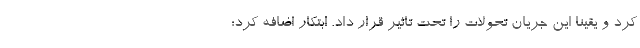
کرد و یقینا این جریان تحولات را تحت تاثیر قرار داد. ابتکار اضافه کرد: